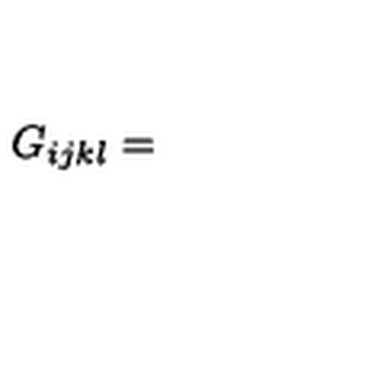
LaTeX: G _ { i j k l } =